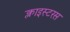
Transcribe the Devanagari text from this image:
क्लाइस्टरस